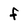
Character: f